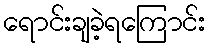
ရောင်းချခဲ့ရကြောင်း